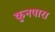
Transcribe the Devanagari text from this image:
कुनपारा